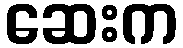
ဆေးက